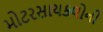
મોટરસાયકલોની